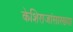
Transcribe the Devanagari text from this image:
केशिराजांसारख्या